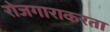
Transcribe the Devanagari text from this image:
रोजगाराकरता